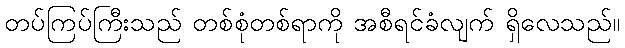
တပ်ကြပ်ကြီးသည် တစ်စုံတစ်ရာကို အစီရင်ခံလျက် ရှိလေသည်။